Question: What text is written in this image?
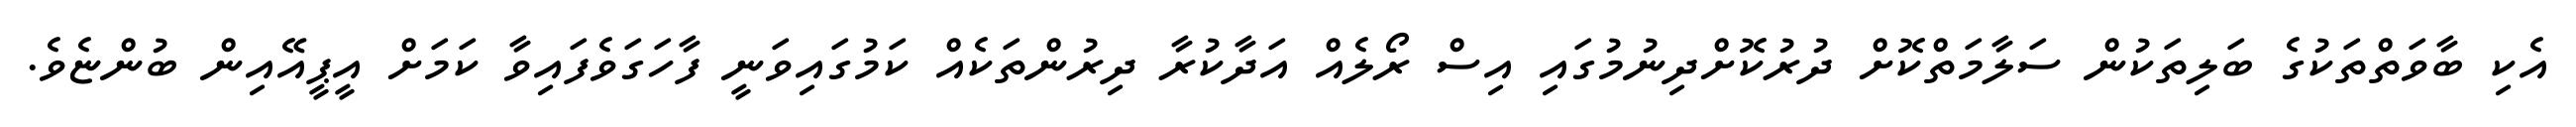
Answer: އެކި ބާވަތްތަކުގެ ބަލިތަކުން ސަލާމަތްކޮށް ދުރުކޮށްދިނުމުގައި އިސް ރޯލެއް އަދާކުރާ ދިރުންތަކެއް ކަމުގައިވަނީ ފާހަގަވެފައިވާ ކަމަށް އީޕީއޭއިން ބުންޏެވެ.